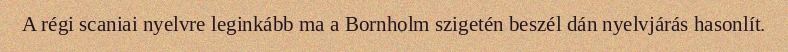
A régi scaniai nyelvre leginkább ma a Bornholm szigetén beszél dán nyelvjárás hasonlít.